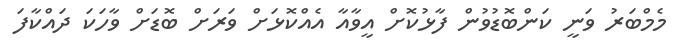
މެމްބަރު ވަނީ ކަންބޮޑުވުން ފާޅުކޮށް އީވާއާ އެއްކޮޅަށް ވަރަށް ބޮޑަށް ވާހަކަ ދައްކާފަ